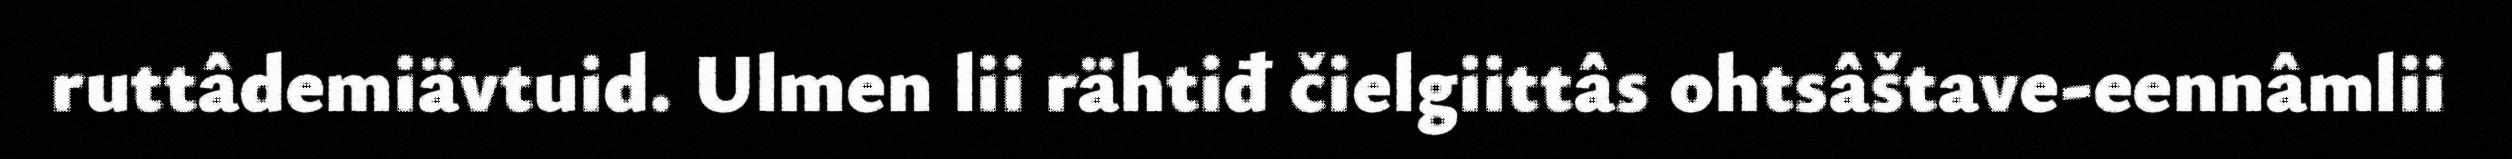
ruttâdemiävtuid. Ulmen lii rähtiđ čielgiittâs ohtsâštave-eennâmlii